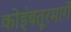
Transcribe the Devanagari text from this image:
कोइंबतूरमार्गे